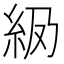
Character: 𬗅